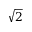
\sqrt { 2 }